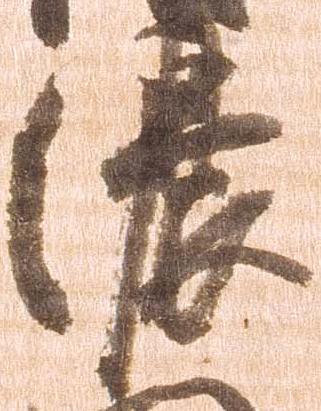
濃